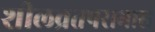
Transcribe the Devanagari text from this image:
शीलव्रतपराभास